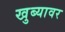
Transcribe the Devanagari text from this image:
खुब्यावर